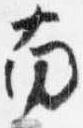
南